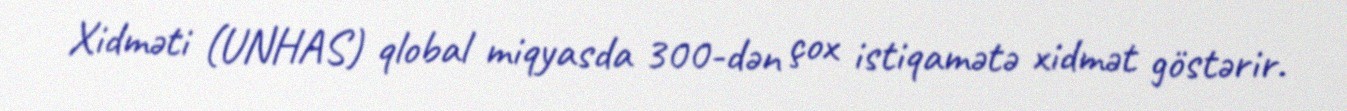
Xidməti (UNHAS) qlobal miqyasda 300-dən çox istiqamətə xidmət göstərir.